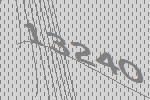
13240